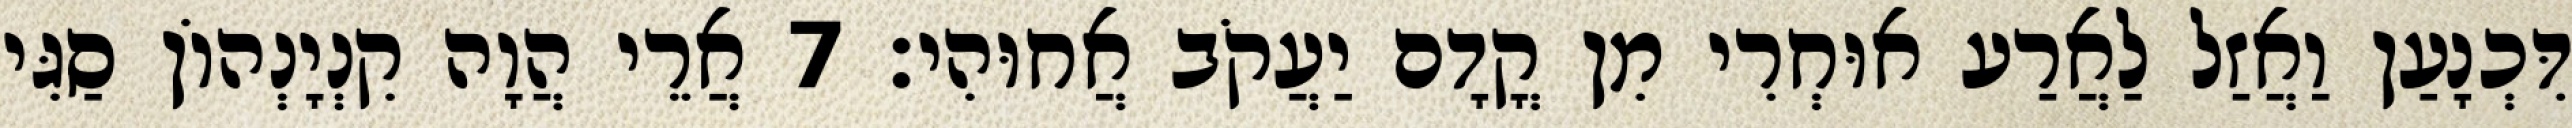
דִּכְנָעַן וַאֲזַל לַאֲרַע אוּחְרִי מִן קֳדָם יַעֲקֹב אֲחוּהִי׃ 7 אֲרֵי הֲוָה קִנְיָנְהוֹן סַגִּי